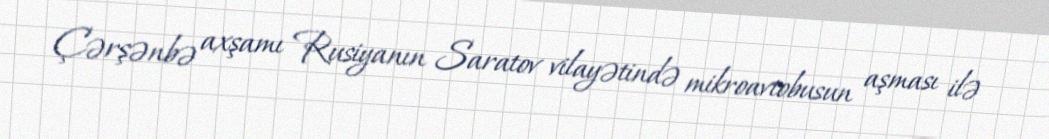
Çərşənbə axşamı Rusiyanın Saratov vilayətində mikroavtobusun aşması ilə